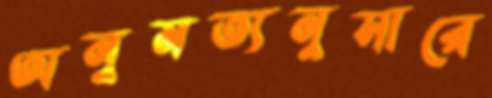
অনুমত্যনুসারে